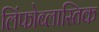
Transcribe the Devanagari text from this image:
लिंफोब्लास्तिक